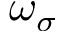
\omega _ { \sigma }